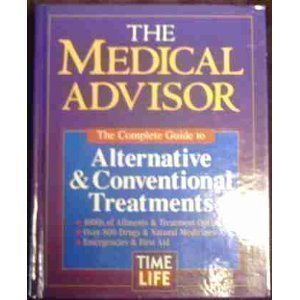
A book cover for The Medical Advisor: The Complete Guide to Alternative & Conventional Treatments; Time-Life Books; Health, Fitness & Dieting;